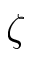
\zeta